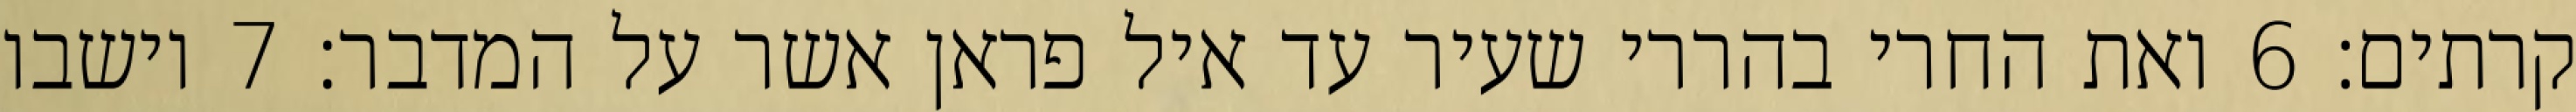
קרתים׃ ‎6‏ ואת החרי בהררי שעיר עד איל פראן אשר על המדבר׃ ‎7‏ וישבו